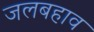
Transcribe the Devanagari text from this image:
जलबहाव